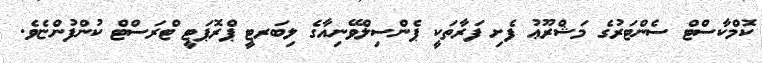
ކޮމްކާސްޓް ސެންޓަރުގެ މަޝްރޫޢު ފެށި ފަރާތަކީ ޕެންސިލްވޭނިއާގެ ލިބަރޓީ ޕްރޮޕަޓީ ޓްރަސްޓް ކުންފުންޏެވެ.